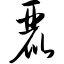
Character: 丽